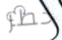
خطر